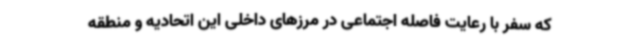
که سفر با رعایت فاصله اجتماعی در مرزهای داخلی این اتحادیه و منطقه